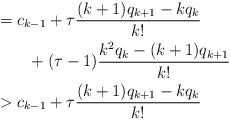
LaTeX: \begin{align*}&= c_{k-1} + \tau\frac{(k+1)q_{k+1}-kq_k}{k!} \\&\qquad+ (\tau-1)\frac{k^2 q_k-(k+1)q_{k+1}}{k!} \\&> c_{k-1} + \tau\frac{(k+1)q_{k+1}-kq_k}{k!}\end{align*}